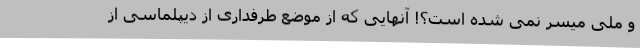
و ملی میسر نمی شده است؟! آنهایی که از موضع طرفداری از دیپلماسی از